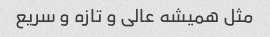
مثل همیشه عالی و تازه و سریع